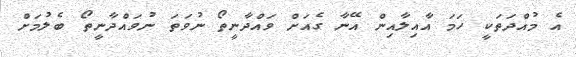
އެެ މުއްދަތަކީ ހަމަ އާއިލާއިން އޭނާ ގެއަށް ވައްދާނީތޯ ނުވަތަ ނުވައްދާނީތޯ ބެލުމަށް